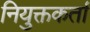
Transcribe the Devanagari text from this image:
नियुक्तकर्ता